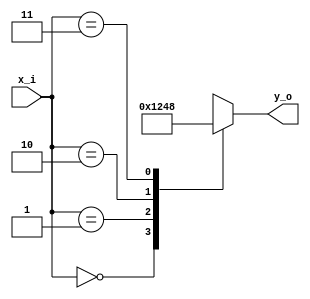
module DC2
(
  input      [1:0]  x_i,
  
  output reg [3:0]  y_o
);

always @ (*)
begin
  case (x_i)
    2'h0 : y_o = 4'h1;
    2'h1 : y_o = 4'h2;
    2'h2 : y_o = 4'h4;
    2'h3 : y_o = 4'h8;
  endcase
end 
  
endmodule